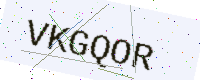
Text: VKGQOR